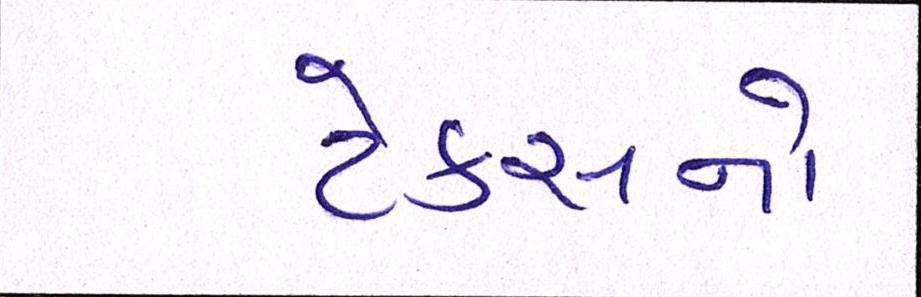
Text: ટેકસનો